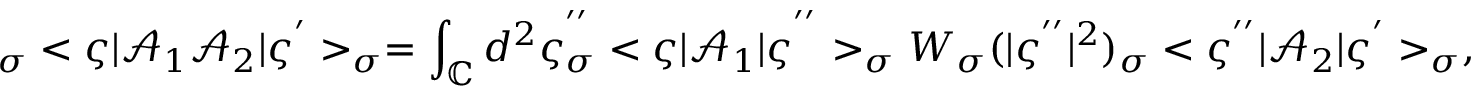
_ { \sigma } < \varsigma | \mathcal { A } _ { 1 } \mathcal { A } _ { 2 } | \varsigma ^ { ^ { \prime } } > _ { \sigma } = \int _ { \mathbb { C } } d ^ { 2 } \varsigma _ { \sigma } ^ { ^ { ^ { \prime \prime } } } < \varsigma | \mathcal { A } _ { 1 } | \varsigma ^ { ^ { ^ { \prime \prime } } } > _ { \sigma } W _ { \sigma } ( | \varsigma ^ { ^ { \prime \prime } } | ^ { 2 } ) _ { \sigma } < \varsigma ^ { ^ { \prime \prime } } | \mathcal { A } _ { 2 } | \varsigma ^ { ^ { \prime } } > _ { \sigma } ,